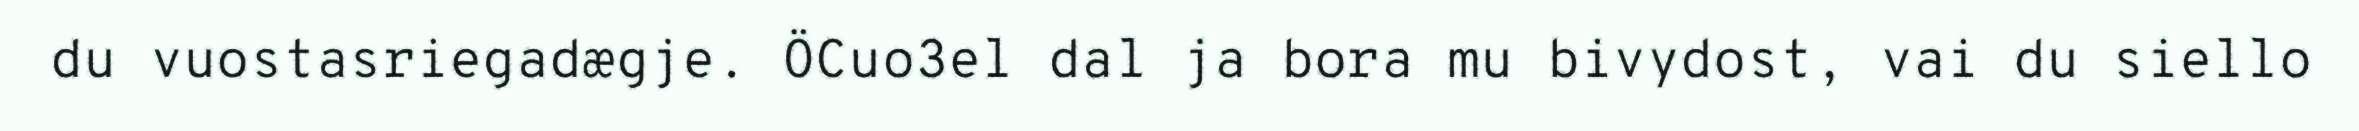
du vuostasriegadægje. ÖCuo3el dal ja bora mu bivydost, vai du siello